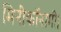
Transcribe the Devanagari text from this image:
मिनीकॉनामी।